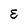
Character: E